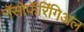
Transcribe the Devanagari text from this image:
नॅसोफॅरिंगिअल